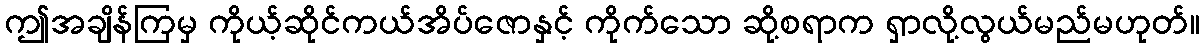
ဤအချိန်ကြမှ ကိုယ့်ဆိုင်ကယ်အိပ်ဇောနှင့် ကိုက်သော ဆို့စရာက ရှာလို့လွယ်မည်မဟုတ်။